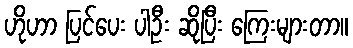
ဟိုဟာ ပြင်ပေး ပါဦး ဆိုပြီး ကြေးများတာ။